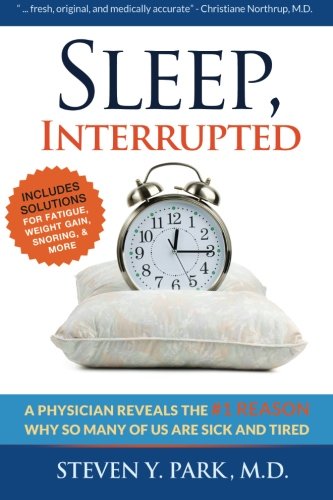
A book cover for Sleep, Interrupted: A physician reveals the #1 reason why so many of us are sick and tired; Steven Y. Park MD; Health, Fitness & Dieting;